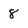
Character: 8